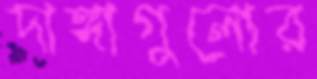
দাঙ্গাগুলোর